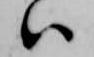
ハ